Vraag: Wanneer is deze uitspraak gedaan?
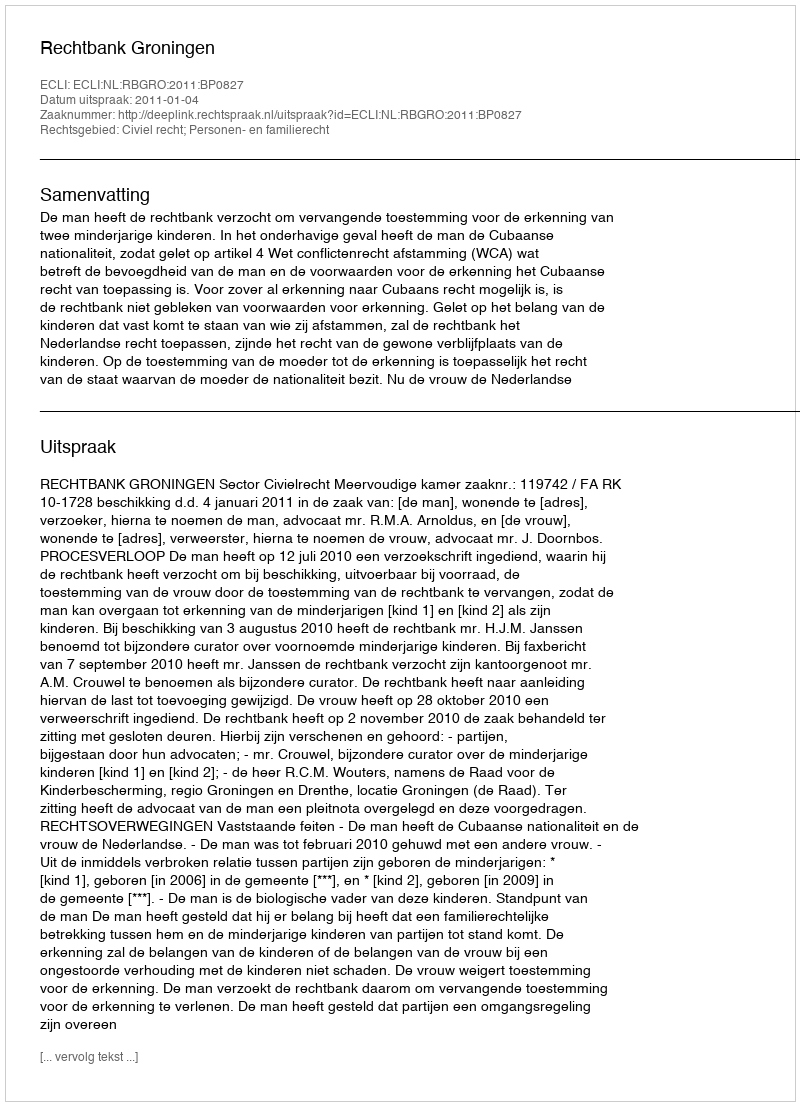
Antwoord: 2011-01-04